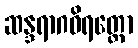
ဆန္ဒရာဂဝိရတ္တော